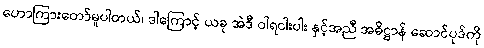
ဟောကြားတော်မူပါတယ်၊ ဒါကြောင့် ယခု အဲဒီ ဝါရငါးပါး နှင့်အညီ အဓိဋ္ဌာန် ဆောင်ပုဒ်ကို